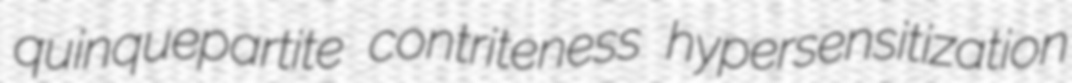
quinquepartite contriteness hypersensitization